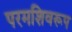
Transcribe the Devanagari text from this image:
परमशिवरूप